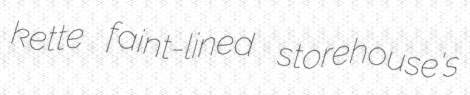
kette faint-lined storehouse's